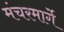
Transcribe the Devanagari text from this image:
मंचरमार्गे